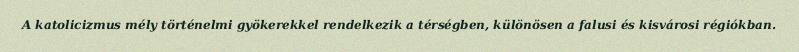
A katolicizmus mély történelmi gyökerekkel rendelkezik a térségben, különösen a falusi és kisvárosi régiókban.